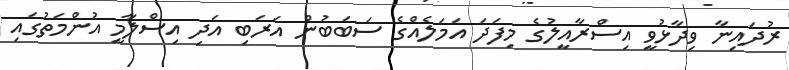
ރުދައިނާ ވިދާޅުވީ އިސްރާއީލުގެ މިފަދަ އަމަލެއްގެ ސަބަބުން އަރަބި އަދި އިސްލާމީ އުންމަތުގައި